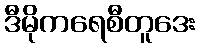
ဒီမိုကရေစီတူဒေး